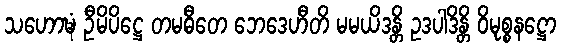
သဟောဍ္ဎံ ဦမိပိဋ္ဌေ တမဓီတေ ဘေဒေဟီတိ မမယိဒန္တိ ဥဒပါဒိန္တိ ဝိမုစ္စနဋ္ဌော